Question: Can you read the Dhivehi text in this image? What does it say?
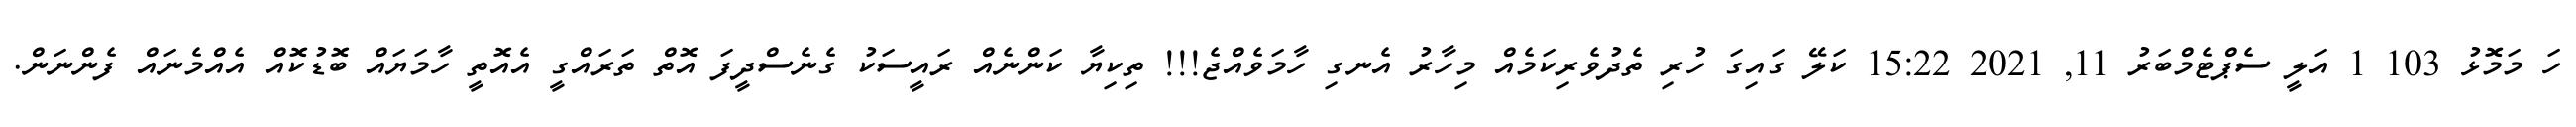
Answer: ހަ މަމޮޅު 103 1 އަލީ ސެޕްޓެމްބަރު 11, 2021 15:22 ކަލޭ ގައިގަ ހުރި ތެދުވެރިކަމެއް މިހާރު އެނގި ހާމަވެއްޖެ!!! ތިކިޔާ ކަންނެއް ރައީސަކު ގެނެސްދީފަ އޮތް ތަރައްގީ އެއޮތީ ހާމަޔައް ބޮޑުކޮއް އެއްމެނައް ފެންނަން.